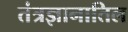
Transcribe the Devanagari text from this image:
तंत्रज्ञानातिल